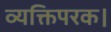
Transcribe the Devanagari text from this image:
व्यक्तिपरक।